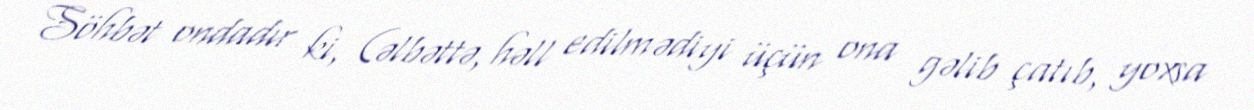
Söhbət ondadır ki, (əlbəttə, həll edilmədiyi üçün ona gəlib çatıb, yoxsa